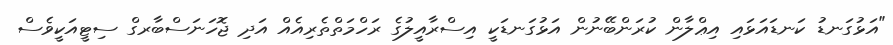
"އަޅުގަނޑު ކަނޑައަޅައި އިޢްލާން ކުރަންބޭނުން އަޅުގަނޑަކީ އިސްރާއީލުގެ ރަހްމަތްތެރިއެއް އަދި ޖޮހަނަސްބާރގް ސިޓީއަކީވެސް